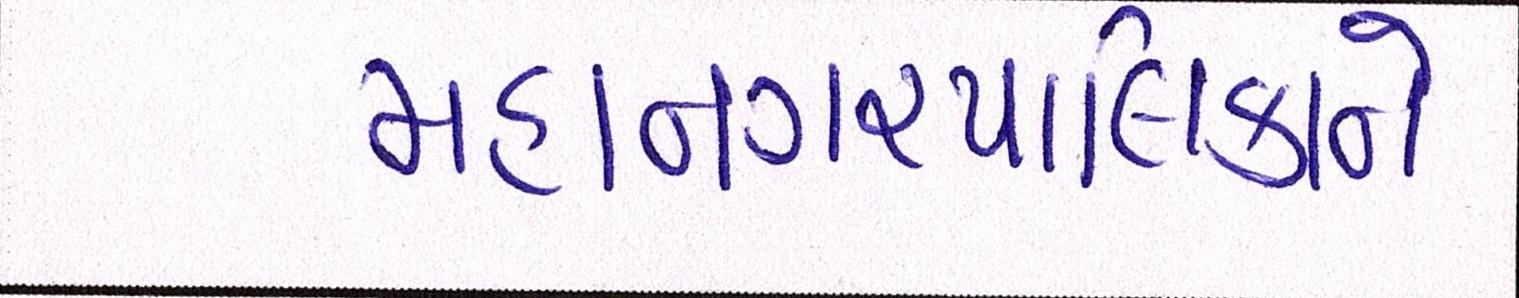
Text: મહાનગરપાલિકાને